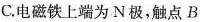
C.电磁铁上端为N极，触点B